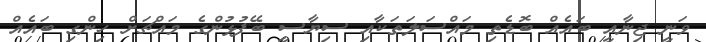
ވަނީ ޖިނާއީ ބައެއް ބޮޑެތި މައްސަލަތަކާއި ސިޔާސީ ބޭފުޅުންގެ މައްޗަށް ހިންގި ބައެއް